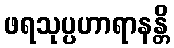
ဖရသုပ္ပဟာရာနန္တိ